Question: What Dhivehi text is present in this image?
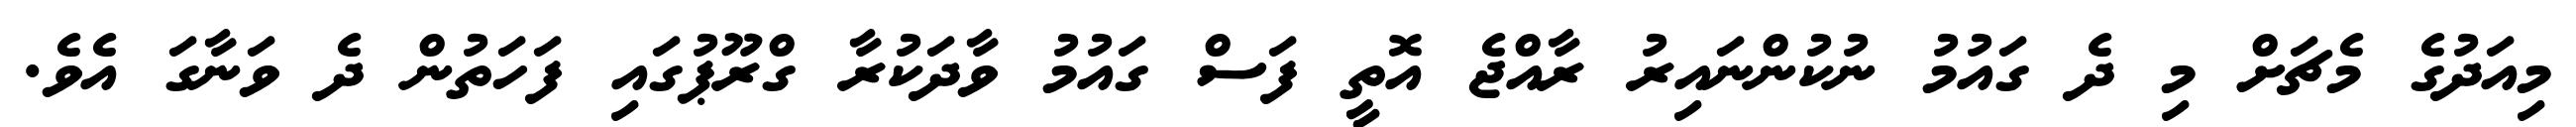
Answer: މިއަދުގެ މެޗަށް މި ދެ ގައުމު ނުކުންނައިރު ރާއްޖެ އޮތީ ފަސް ގައުމު ވާދަކުރާ ގްރޫޕުގައި ފަހަތުން ދެ ވަނާގަ އެވެ.